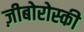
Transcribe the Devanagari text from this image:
ज़ीबोरोस्‍की